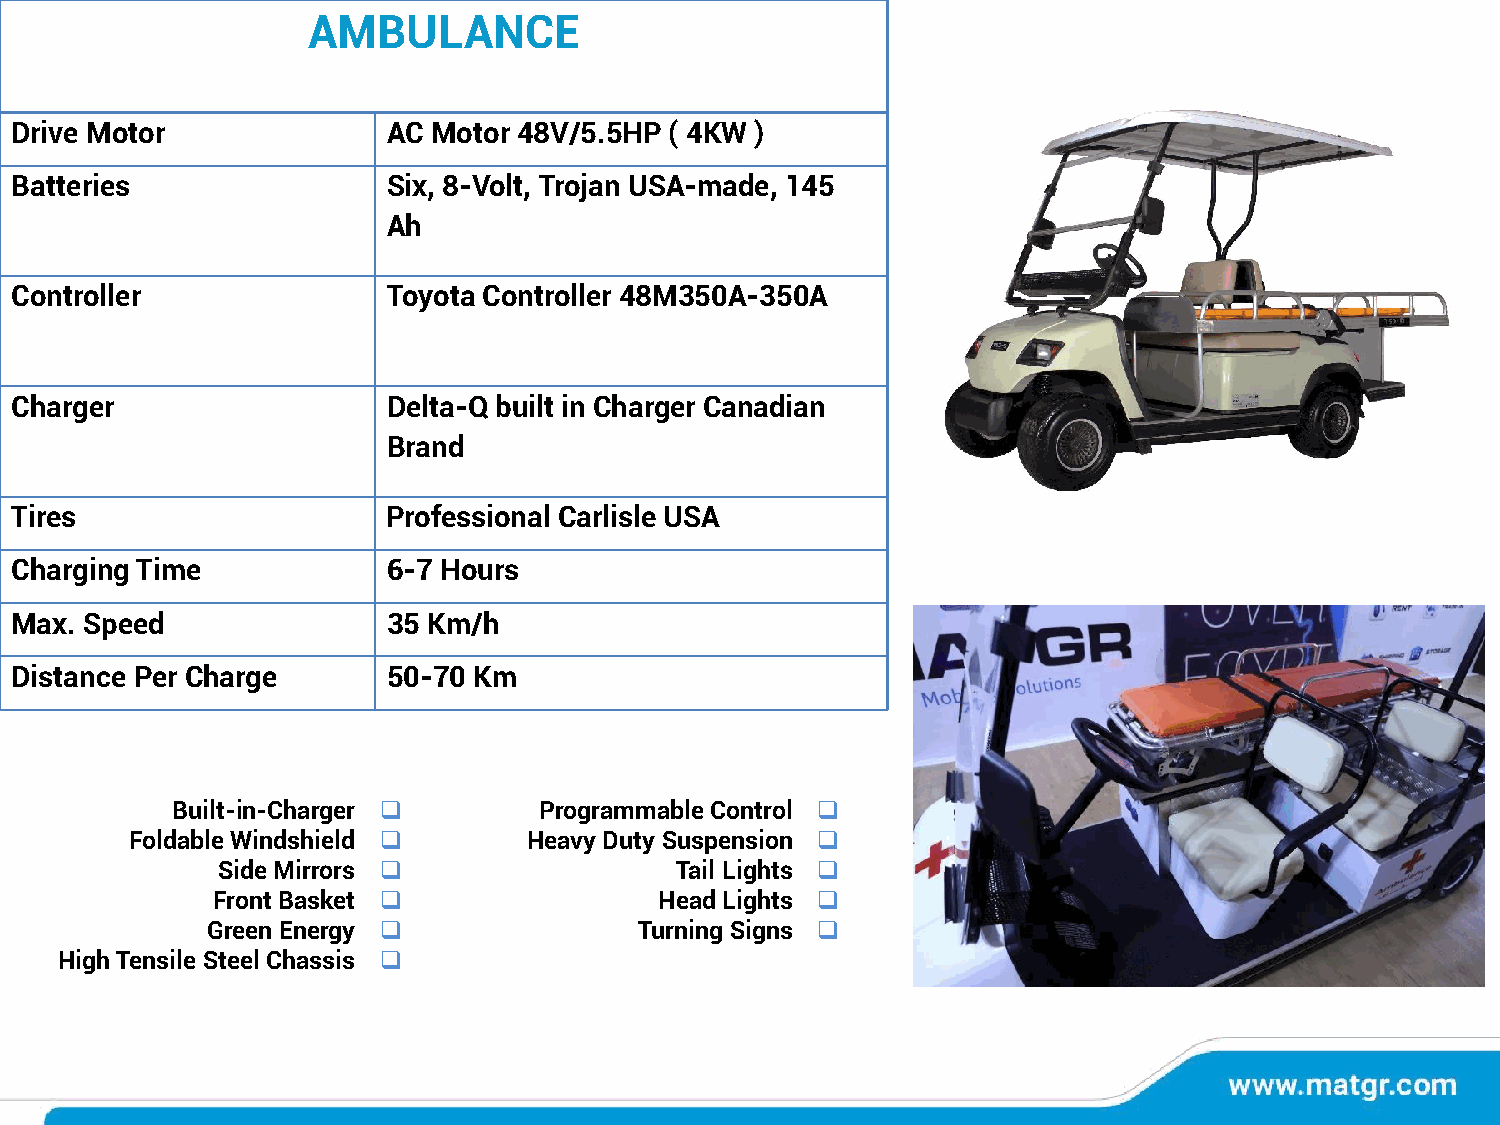
AMBULANCE
 Drive Motor              AC Motor 48V/5.5HP ( 4KW )
 Batteries                Six, 8-Volt, Trojan USA-made, 145
 Ah
 Controller               Toyota Controller 48M350A-350A
 Charger                  Delta-Q built in Charger Canadian
 Brand
 Tires                    Professional Carlisle USA
 Charging Time            6-7 Hours
 Max. Speed               35 Km/h
 Distance Per Charge      50-70 Km
 Built-in-Charger ❑       Programmable Control ❑
 Foldable Windshield ❑     Heavy Duty Suspension ❑
 Side Mirrors ❑                 Tail Lights ❑
 Front Basket ❑                Head Lights ❑
 Green Energy ❑              Turning Signs ❑
 High Tensile Steel Chassis ❑